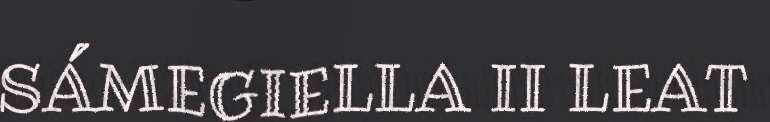
SÁMEGIELLA II LEAT